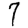
Digit: 7